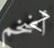
أضخم